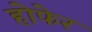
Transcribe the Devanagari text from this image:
होफेर